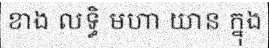
ខាង លទ្ធិ មហា យាន ក្នុង